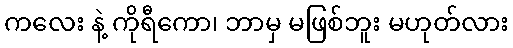
ကလေး နဲ့ ကိုရီကော၊ ဘာမှ မဖြစ်ဘူး မဟုတ်လား